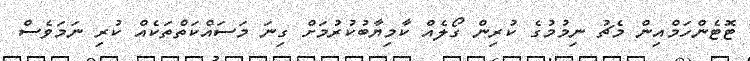
ޓޮޓެންހަމްއިން މެޗު ނިމުމުގެ ކުރިން ގޯލެއް ކާމިޔާބުކުރުމަށް ގިނަ މަސައްކަތްތަކެއް ކުރި ނަމަވެސް